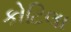
કોટિલા